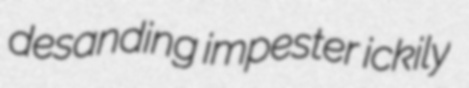
desanding impester ickily